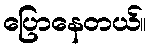
ပြောနေတယ်။